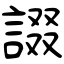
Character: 諁